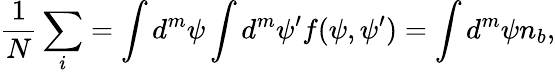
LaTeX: {\frac{1}{N}}\sum_{i}=\int d^{m}\psi\int d^{m}\psi^{\prime}f(\psi,\psi^{\prime})=\int d^{m}\psi n_{b},